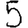
Digit: 5